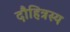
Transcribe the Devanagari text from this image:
दौहित्रस्य